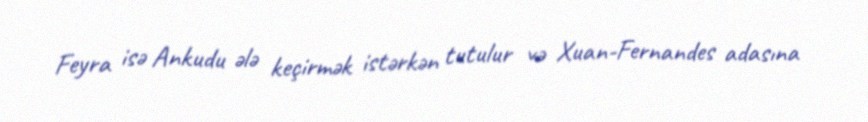
Feyra isə Ankudu ələ keçirmək istərkən tutulur və Xuan-Fernandes adasına